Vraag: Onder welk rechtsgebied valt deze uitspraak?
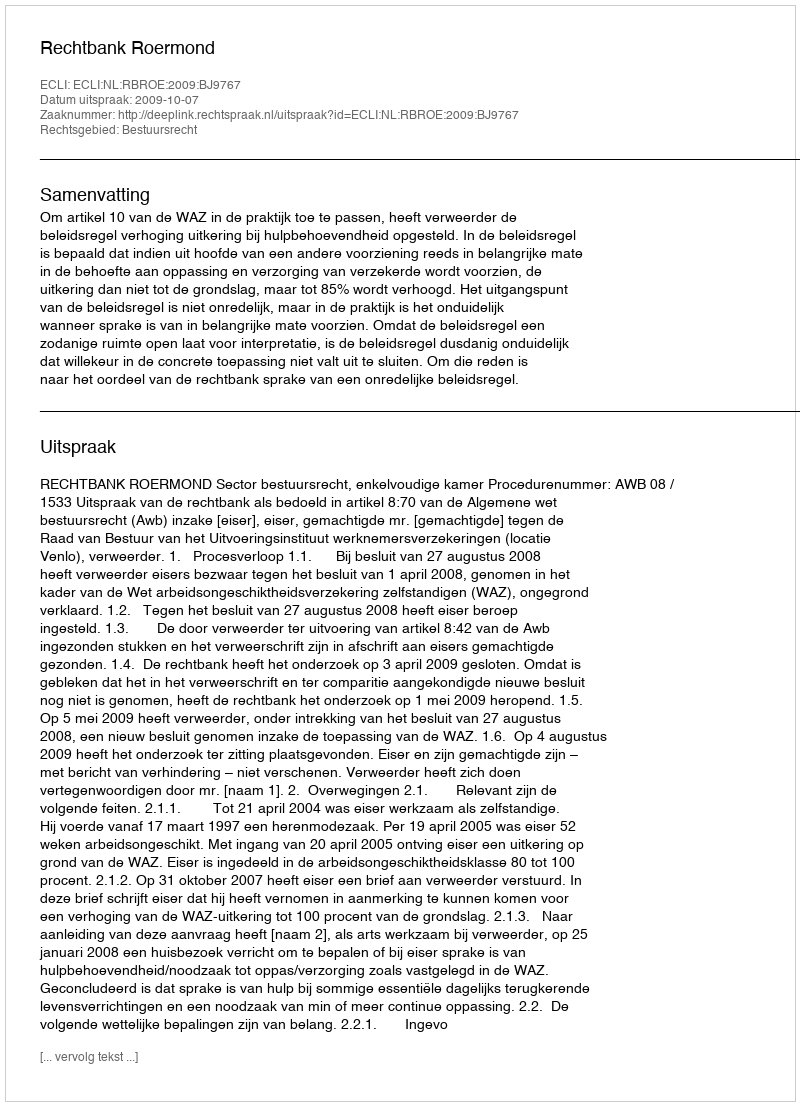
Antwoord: Bestuursrecht